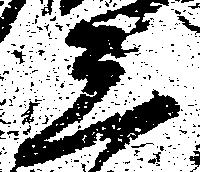
三